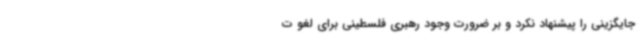
جایگزینی را پیشنهاد نکرد و بر ضرورت وجود رهبری فلسطینی برای لغو ت